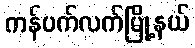
ကန်ပက်လက်မြို့နယ်